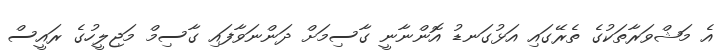
އެ މަޝްވަރާތަކުގެ ތެރޭގައި އަޅުގަނޑު އޮންނާނީ ގާސިމަށް ދަންނަވާފައި ގާސިމް މަޖިލީހުގެ ރައީސް